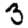
Digit: 3